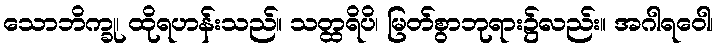
သောဘိက္ခု၊ ထိုရဟန်းသည်။ သတ္ထရိပိ၊ မြတ်စွာဘုရား၌လည်း။ အဂါရဝေါ၊